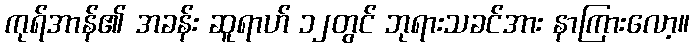
ကုရ်အာန်၏ အခန်း ဆူရာဟ် ၁၂တွင် ဘုရားသခင်အား နာကြားလော့။